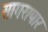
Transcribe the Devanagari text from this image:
सागरापार